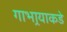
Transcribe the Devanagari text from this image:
गाभार्‍याकडे